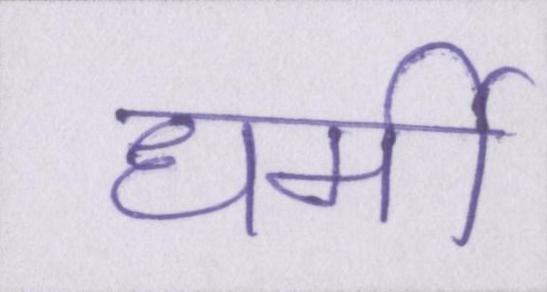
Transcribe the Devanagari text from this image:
धर्मी